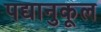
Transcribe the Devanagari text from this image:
पद्यानुकूल